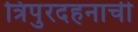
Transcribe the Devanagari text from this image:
त्रिपुरदहनाची